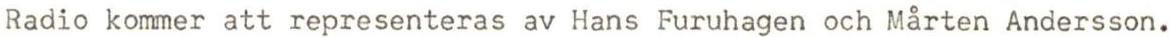
Radio kommer att representeras av Hans Furuhagen och Mårten Andersson.